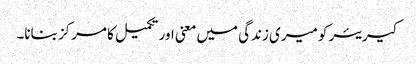
کیریئر کو میری زندگی میں معنی اور تکمیل کا مرکز بنانا۔